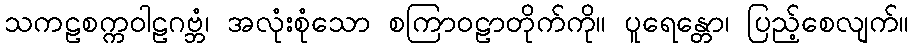
သကဠစက္ကဝါဠဂဗ္ဘံ၊ အလုံးစုံသော စကြာဝဠာတိုက်ကို။ ပူရေန္တော၊ ပြည့်စေလျက်။